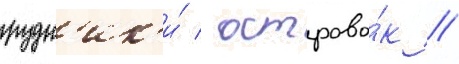
рудн'ик'и́ / острово́к //